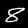
Label: 8